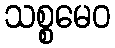
သစ္စမေဝ